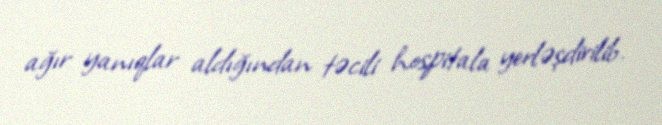
ağır yanıqlar aldığından təcili hospitala yerləşdirilib.